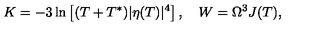
K = - 3 \ln \left[ ( T + T ^ { * } ) | \eta ( T ) | ^ { 4 } \right] , \quad W = \Omega ^ { 3 } J ( T ) ,